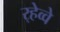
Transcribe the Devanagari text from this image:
र्‍हेव्वे